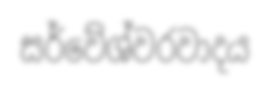
සර්වේශ්වරවාදය